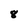
Character: 8